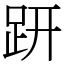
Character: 趼